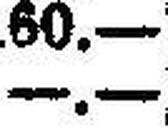
—.—